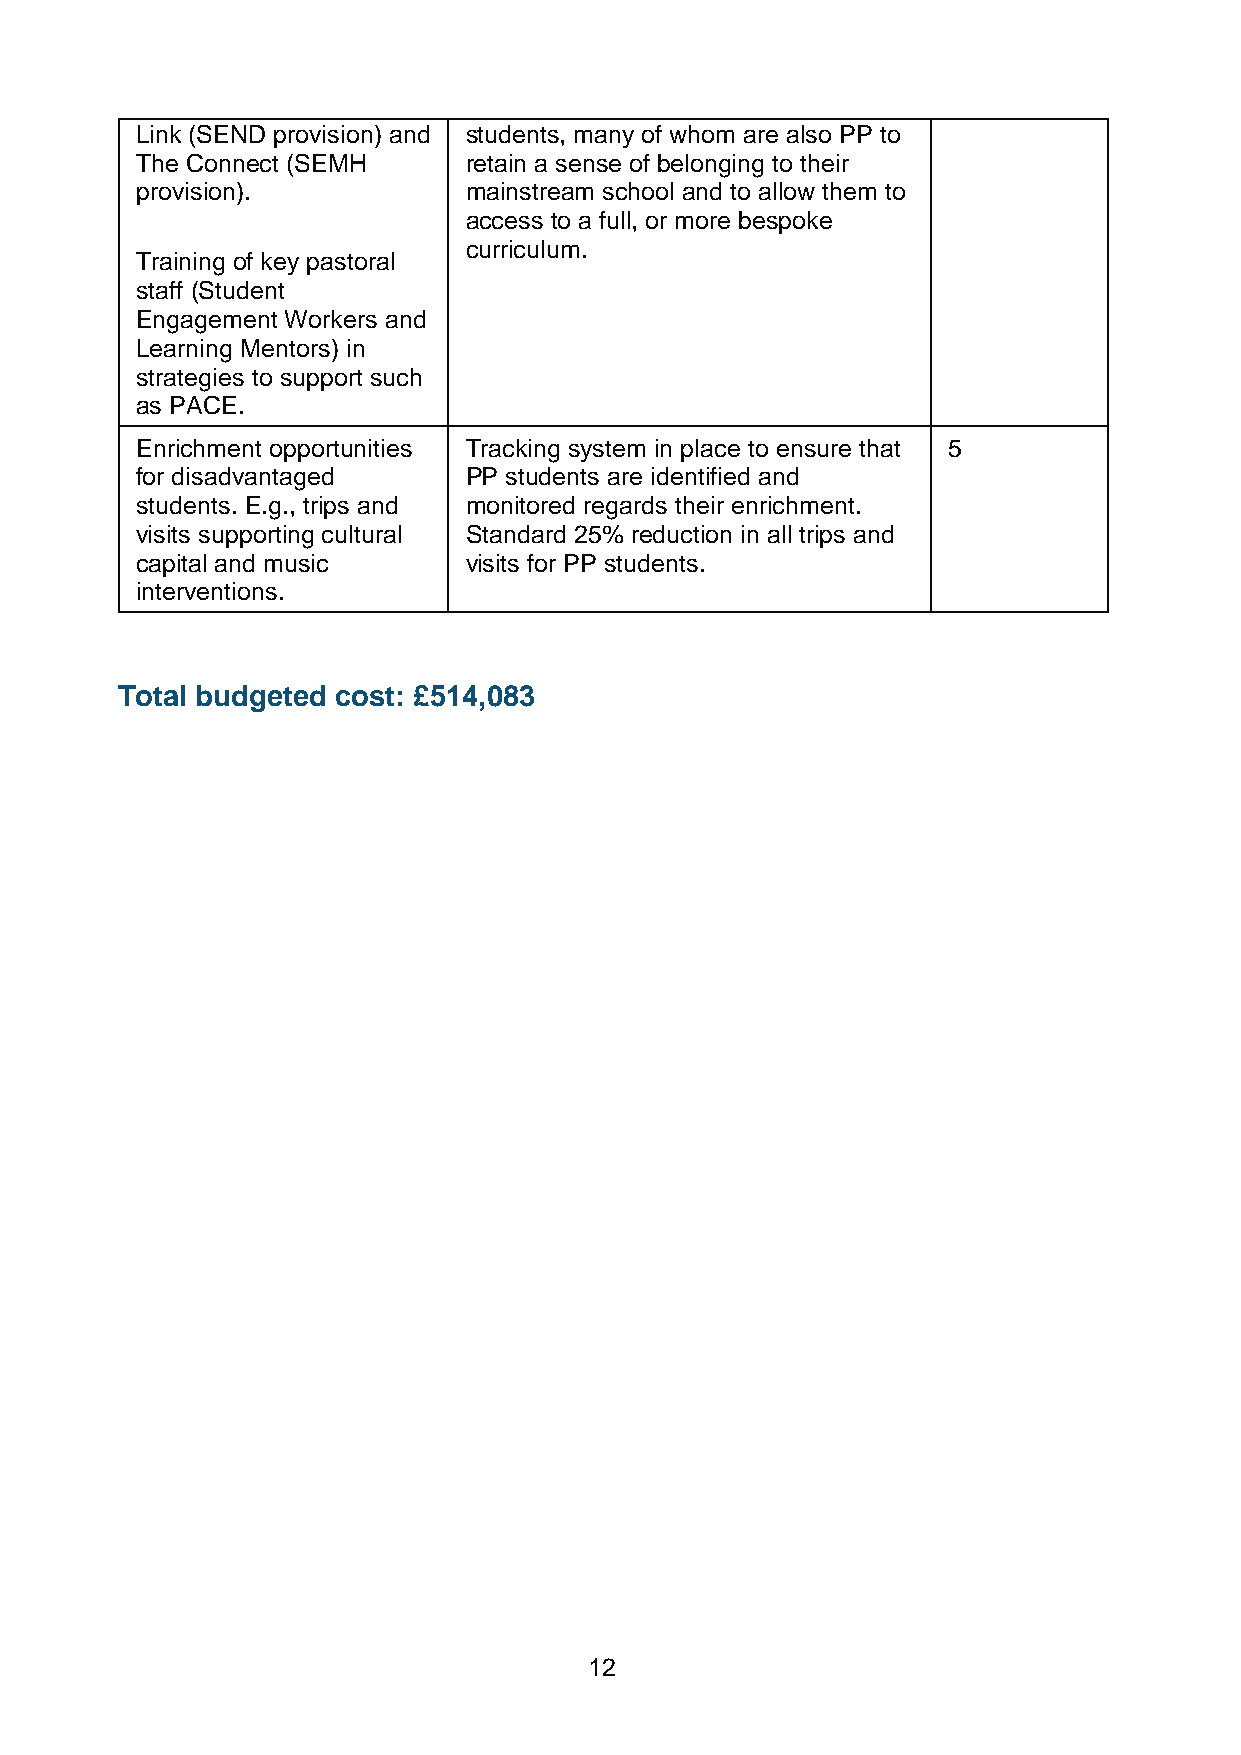
Link (SEND provision) and students, many of whom are also PP to
 The Connect (SEMH     retain a sense of belonging to their
 provision).           mainstream school and to allow them to
 access to a full, or more bespoke
 curriculum.
 Training of key pastoral
 staff (Student
 Engagement Workers and
 Learning Mentors) in
 strategies to support such
 as PACE.
 Enrichment opportunities Tracking system in place to ensure that 5
 for disadvantaged     PP students are identified and
 students. E.g., trips and monitored regards their enrichment.
 visits supporting cultural Standard 25% reduction in all trips and
 capital and music     visits for PP students.
 interventions.
 Total budgeted cost: £514,083
 12